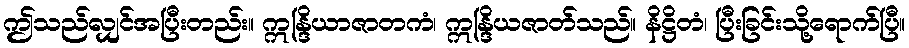
ဤသည်လျှင်အပြီးတည်း။ ဣန္ဒြိယာဇာတကံ၊ ဣန္ဒြိယဇာတ်သည်။ နိဋ္ဌိတံ၊ ပြီးခြင်းသို့ရောက်ပြီ။